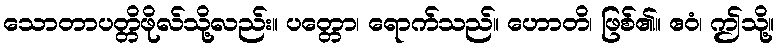
သောတာပတ္တိဖိုလ်သို့လည်း။ ပတ္တော၊ ရောက်သည်။ ဟောတိ၊ ဖြစ်၏။ ဧဝံ၊ ဤသို့။